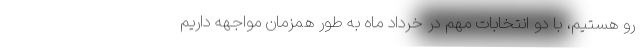
رو هستیم، با دو انتخابات مهم در خرداد ماه به طور همزمان مواجهه داریم